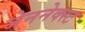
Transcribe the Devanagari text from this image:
जेननेक्स्ट